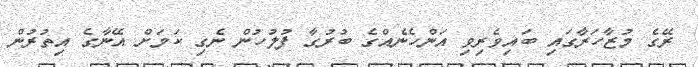
ރޭގެ މުޒާހަރާގައި ބައިވެރިވި އަންހެނެއްގެ ބުރުގާ ފުލުހުން ނެގި ކަމަށް އޭނާގެ އިތުރުން